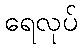
ရေလုပ်